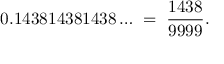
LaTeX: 0 . 1 4 3 8 1 4 3 8 1 4 3 8 \ldots \; = \; { \frac { 1 4 3 8 } { 9 9 9 9 } } .